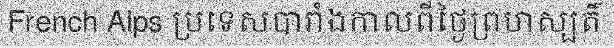
French Alps ប្រទេសបារាំងកាលពីថ្ងៃព្រហស្បតិ៍